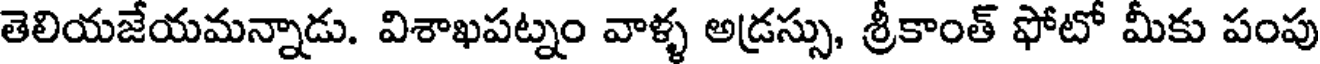
తెలియజేయమన్నాడు. విశాఖపట్నం వాళ్ళ అడ్రస్సు, శ్రీకాంత్ ఫోటో మీకు పంపు